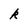
Character: k